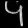
Digit: ၄